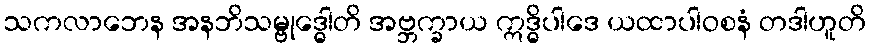
သကလာဘေန အနဘိသမ္ဗုဒ္ဓေါတိ အဗ္ဘက္ခာယ ဣဒ္ဓိပါဒေ ယထာပါဝစနံ တဒါဟူတိ